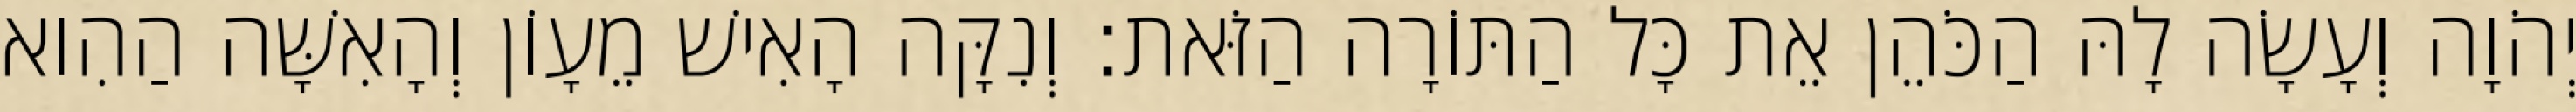
יְהֹוָה וְעָשָׂה לָהּ הַכֹּהֵן אֵת כָּל הַתּוֹרָה הַזֹּאת׃ וְנִקָּה הָאִישׁ מֵעָוֹן וְהָאִשָּׁה הַהִוא